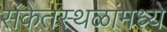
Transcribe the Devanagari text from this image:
संकेतस्थळांमध्ये